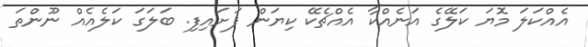
އެއްކަލަ މޮޔަ ކަލޭގެ އަނެއްކާ އެއްޗެކޭ ކިޔަން ފަށައިފި. ބަލަގަ ކަލެއެއް ނޫންތަ